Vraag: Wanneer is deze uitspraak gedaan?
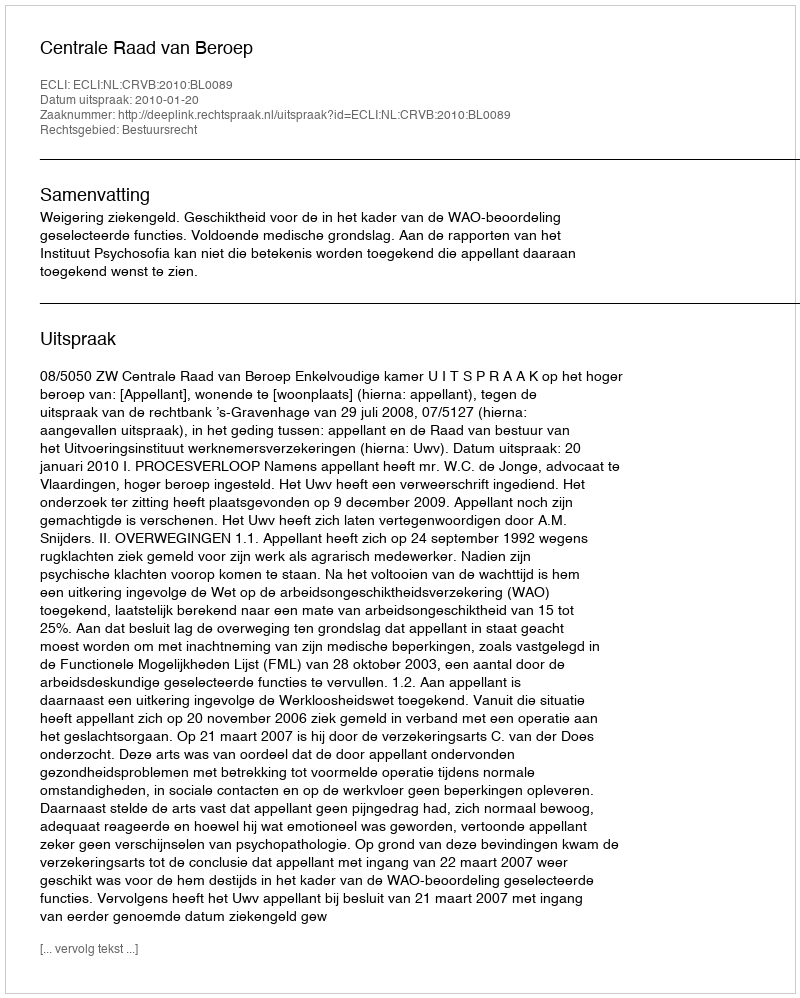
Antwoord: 2010-01-20